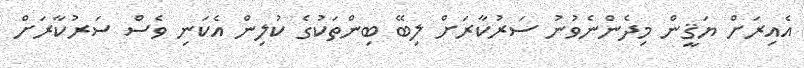
އެއިރަށް ޔަޤީން މިދެންނެވުނު ސަރުކާރަށް ލިބޭ ބިންތަކުގެ ކުލިން އެކަނި ވެސް ސަރުކާރަށް